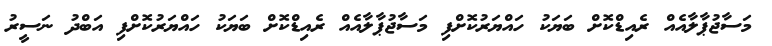
މަސާޖުޕާލާއެއް ރެއިޑްކޮށް ބަޔަކު ހައްޔަރުކޮށްފި މަސާޖުޕާލާއެއް ރެއިޑްކޮށް ބަޔަކު ހައްޔަރުކޮށްފި އަބްދު ނަސީރު